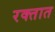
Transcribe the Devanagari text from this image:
रक्‍तात